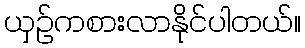
ယှဉ်ကစားလာနိုင်ပါတယ်။